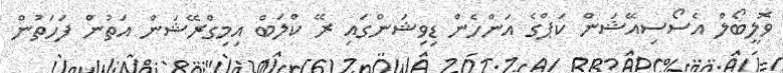
ވޮލީބޯލް އެސޯސިއޭޝަން ކަޕްގެ އަންހެން ޑިވިޝަންގައި ރޭ ކްލަބް އިމިގްރޭޝަން އަތުން ފަހަތުން